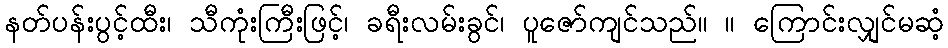
နတ်ပန်းပွင့်ထီး၊ သီကုံးကြီးဖြင့်၊ ခရီးလမ်းခွင်၊ ပူဇော်ကျင်သည်။ ။ ကြောင်းလျှင်မဆံ့